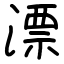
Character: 漂